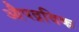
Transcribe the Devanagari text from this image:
औपद्रविक